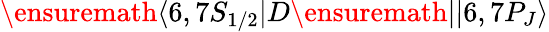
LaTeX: \ensuremath{\langle 6,7S_{1/2}|}D\ensuremath{||6,7P_{J}\rangle}